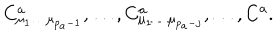
C _ { \mu _ { 1 } \ldots \mu _ { p _ { a } - 1 } } ^ { a } , \ldots , C _ { \mu _ { 1 } \ldots \mu _ { p _ { a } - j } } ^ { a } , \ldots , C ^ { a } .